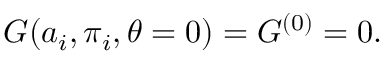
G ( a _ { i } , \pi _ { i } , \theta = 0 ) = { \cal G } ^ { ( 0 ) } = 0 .